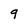
Character: 9